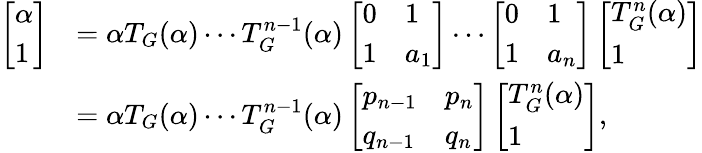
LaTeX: \begin{array}{rl}{\left[\begin{array}{l}{\alpha}\\ {1}\end{array}\right]}&{=\alpha T_{G}(\alpha)\cdots T_{G}^{n-1}(\alpha)\left[\begin{array}{ll}{0}&{1}\\ {1}&{a_{1}}\end{array}\right]\cdots\left[\begin{array}{ll}{0}&{1}\\ {1}&{a_{n}}\end{array}\right]\left[\begin{array}{l}{T_{G}^{n}(\alpha)}\\ {1}\end{array}\right]}\\ &{=\alpha T_{G}(\alpha)\cdots T_{G}^{n-1}(\alpha)\left[\begin{array}{ll}{p_{n-1}}&{p_{n}}\\ {q_{n-1}}&{q_{n}}\end{array}\right]\left[\begin{array}{l}{T_{G}^{n}(\alpha)}\\ {1}\end{array}\right],}\end{array}